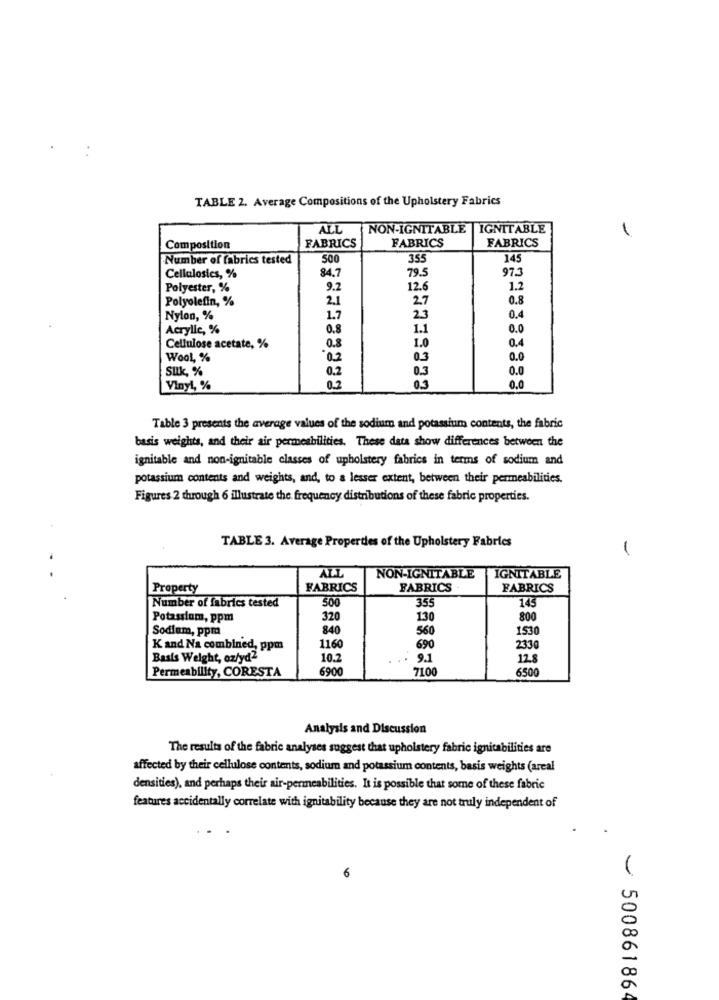
TABLE 2. Average Compositions of the Upholstery Fabrics
ALL
NON-IGNITABLE |IGNITABLE
FABRICS
FABRICS
Composition
FABRICS
Number of fabrics tested
500
355
145
84.7
79.5
97.3
Cellulosics, %
Polyester, %
9.2
12.6
1.2
Polyolefin, %
2.1
27
0.8
Nylon, %
1.7
23
0.4
Acrylle, %
0.8
1.1
0.0
Cellulose acetate, %
0.8
1.0
0.4
Wool, %
02
0.0
Silk, %
0.2
0.3
0.0
Vinyl, %
02
0.0
Table 3 presents the average values of the sodium and potassium contents, the fabric
basis weights, and their air permeabilities. These data show differences between the
ignitable and non-ignitable classes of upholstery fabrics in terms of sodium and
potassium contents and weights, and, to a lesser extent, between their permeabilities.
Figures 2 through 6 illustrate the frequency distributions of these fabric properties.
TABLE 3. Average Properties of the Upholstery Fabrics
ALL
NON-IGNITABLE
IGNITABLE
Property
FABRICS
FABRICS
FABRICS
500
355
143
Number of fabrics tested
Potassium, ppm
320
130
800
Sodium, ppra
840
560
153
K and Na combined, ppm
116
690
233
Basis Weight, oz/yd2
10.2
9.1
128
Permeability, CORESTA
6900
7100
650
Analysis and Discussion
The results of the fabric analyses suggest that upholstery fabric ignitabilities are
affected by their cellulose contents, sodium and potassium contents, basis weights (areal
densities), and perhaps their air-permeabilities. It is possible that some of these fabric
features accidentally correlate with ignitability because they are not truly independent of
6
~50086186